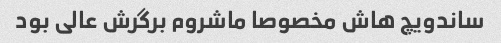
ساندویچ هاش مخصوصا ماشروم برگرش عالی بود